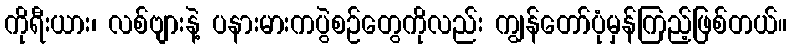
ကိုရီးယား၊ လစ်ဗျားနဲ့ ပနားမားကပွဲစဉ်တွေကိုလည်း ကျွန်တော်ပုံမှန်ကြည့်ဖြစ်တယ်။